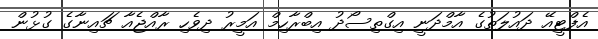
އެފްޓީއޭ ދައުލަތުގެ އާމްދަނީ އިގްތިސޯދު އިބްރާހިމް އަމީރު ދިވެހި ރާއްޖެއާ ޗައިނާގެ ގުޅުން